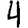
Digit: 4